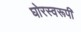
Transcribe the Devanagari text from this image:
घोरस्वरूपी